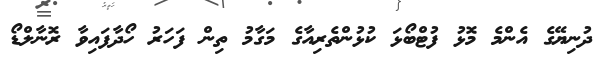
ދުނިޔޭގެ އެންމެ މޮޅު ފުޓްބޯޅަ ކުޅުންތެރިއާގެ މަގާމު ތިން ފަަހަރު ހޯދާފައިވާ ރޮނާލްޑޯ